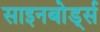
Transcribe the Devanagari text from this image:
साइनबोर्ड्स